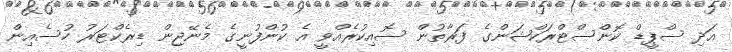
އަދި ސްޕީޑް ކޮންސްޓްރަކްޝަންގެ ފަރާތުން ސޮއިކުރެއްވީ އެ ކުންފުނީގެ މެނޭޖިން ޑިރެކްޓަރު ހުސެއިން